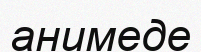
анимеде